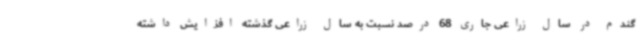
گندم در سال زراعی جاری 68 درصد نسبت به سال زراعی گذشته افزایش داشته